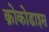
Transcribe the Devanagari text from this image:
क्रोकोडाइस